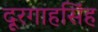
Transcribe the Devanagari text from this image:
दूरगाहसिंह